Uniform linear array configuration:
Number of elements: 32
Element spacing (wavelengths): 0.5
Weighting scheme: uniform
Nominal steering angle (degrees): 15
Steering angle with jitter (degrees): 13.386
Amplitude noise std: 0.05
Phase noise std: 0.05

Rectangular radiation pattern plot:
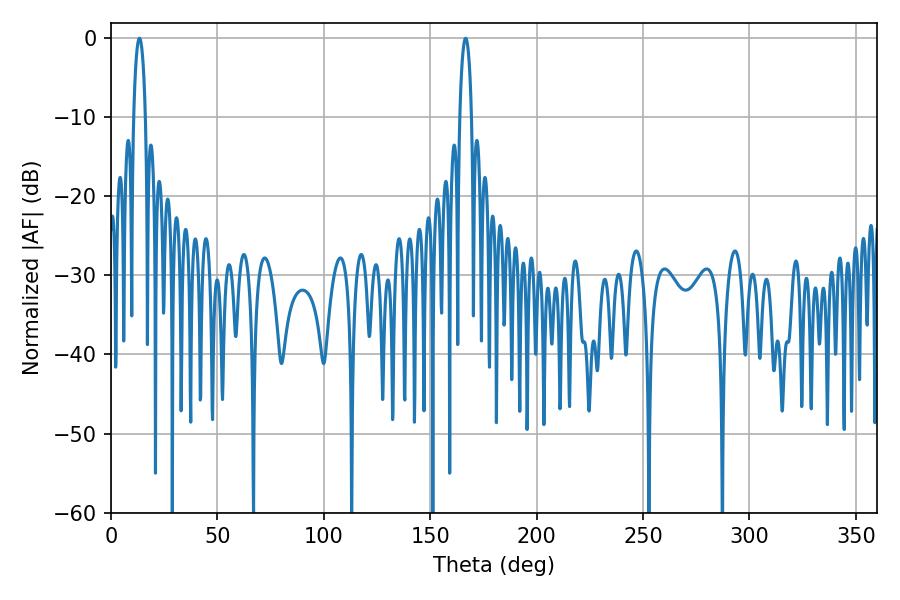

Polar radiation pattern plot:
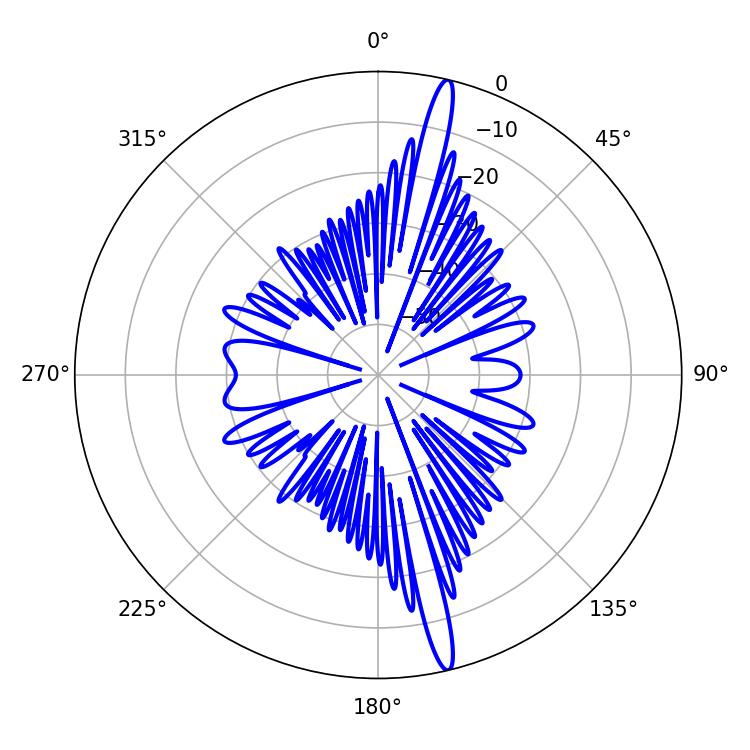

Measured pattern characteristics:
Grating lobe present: FALSE
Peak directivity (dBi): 18.311
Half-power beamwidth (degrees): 3.06
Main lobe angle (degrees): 13.32